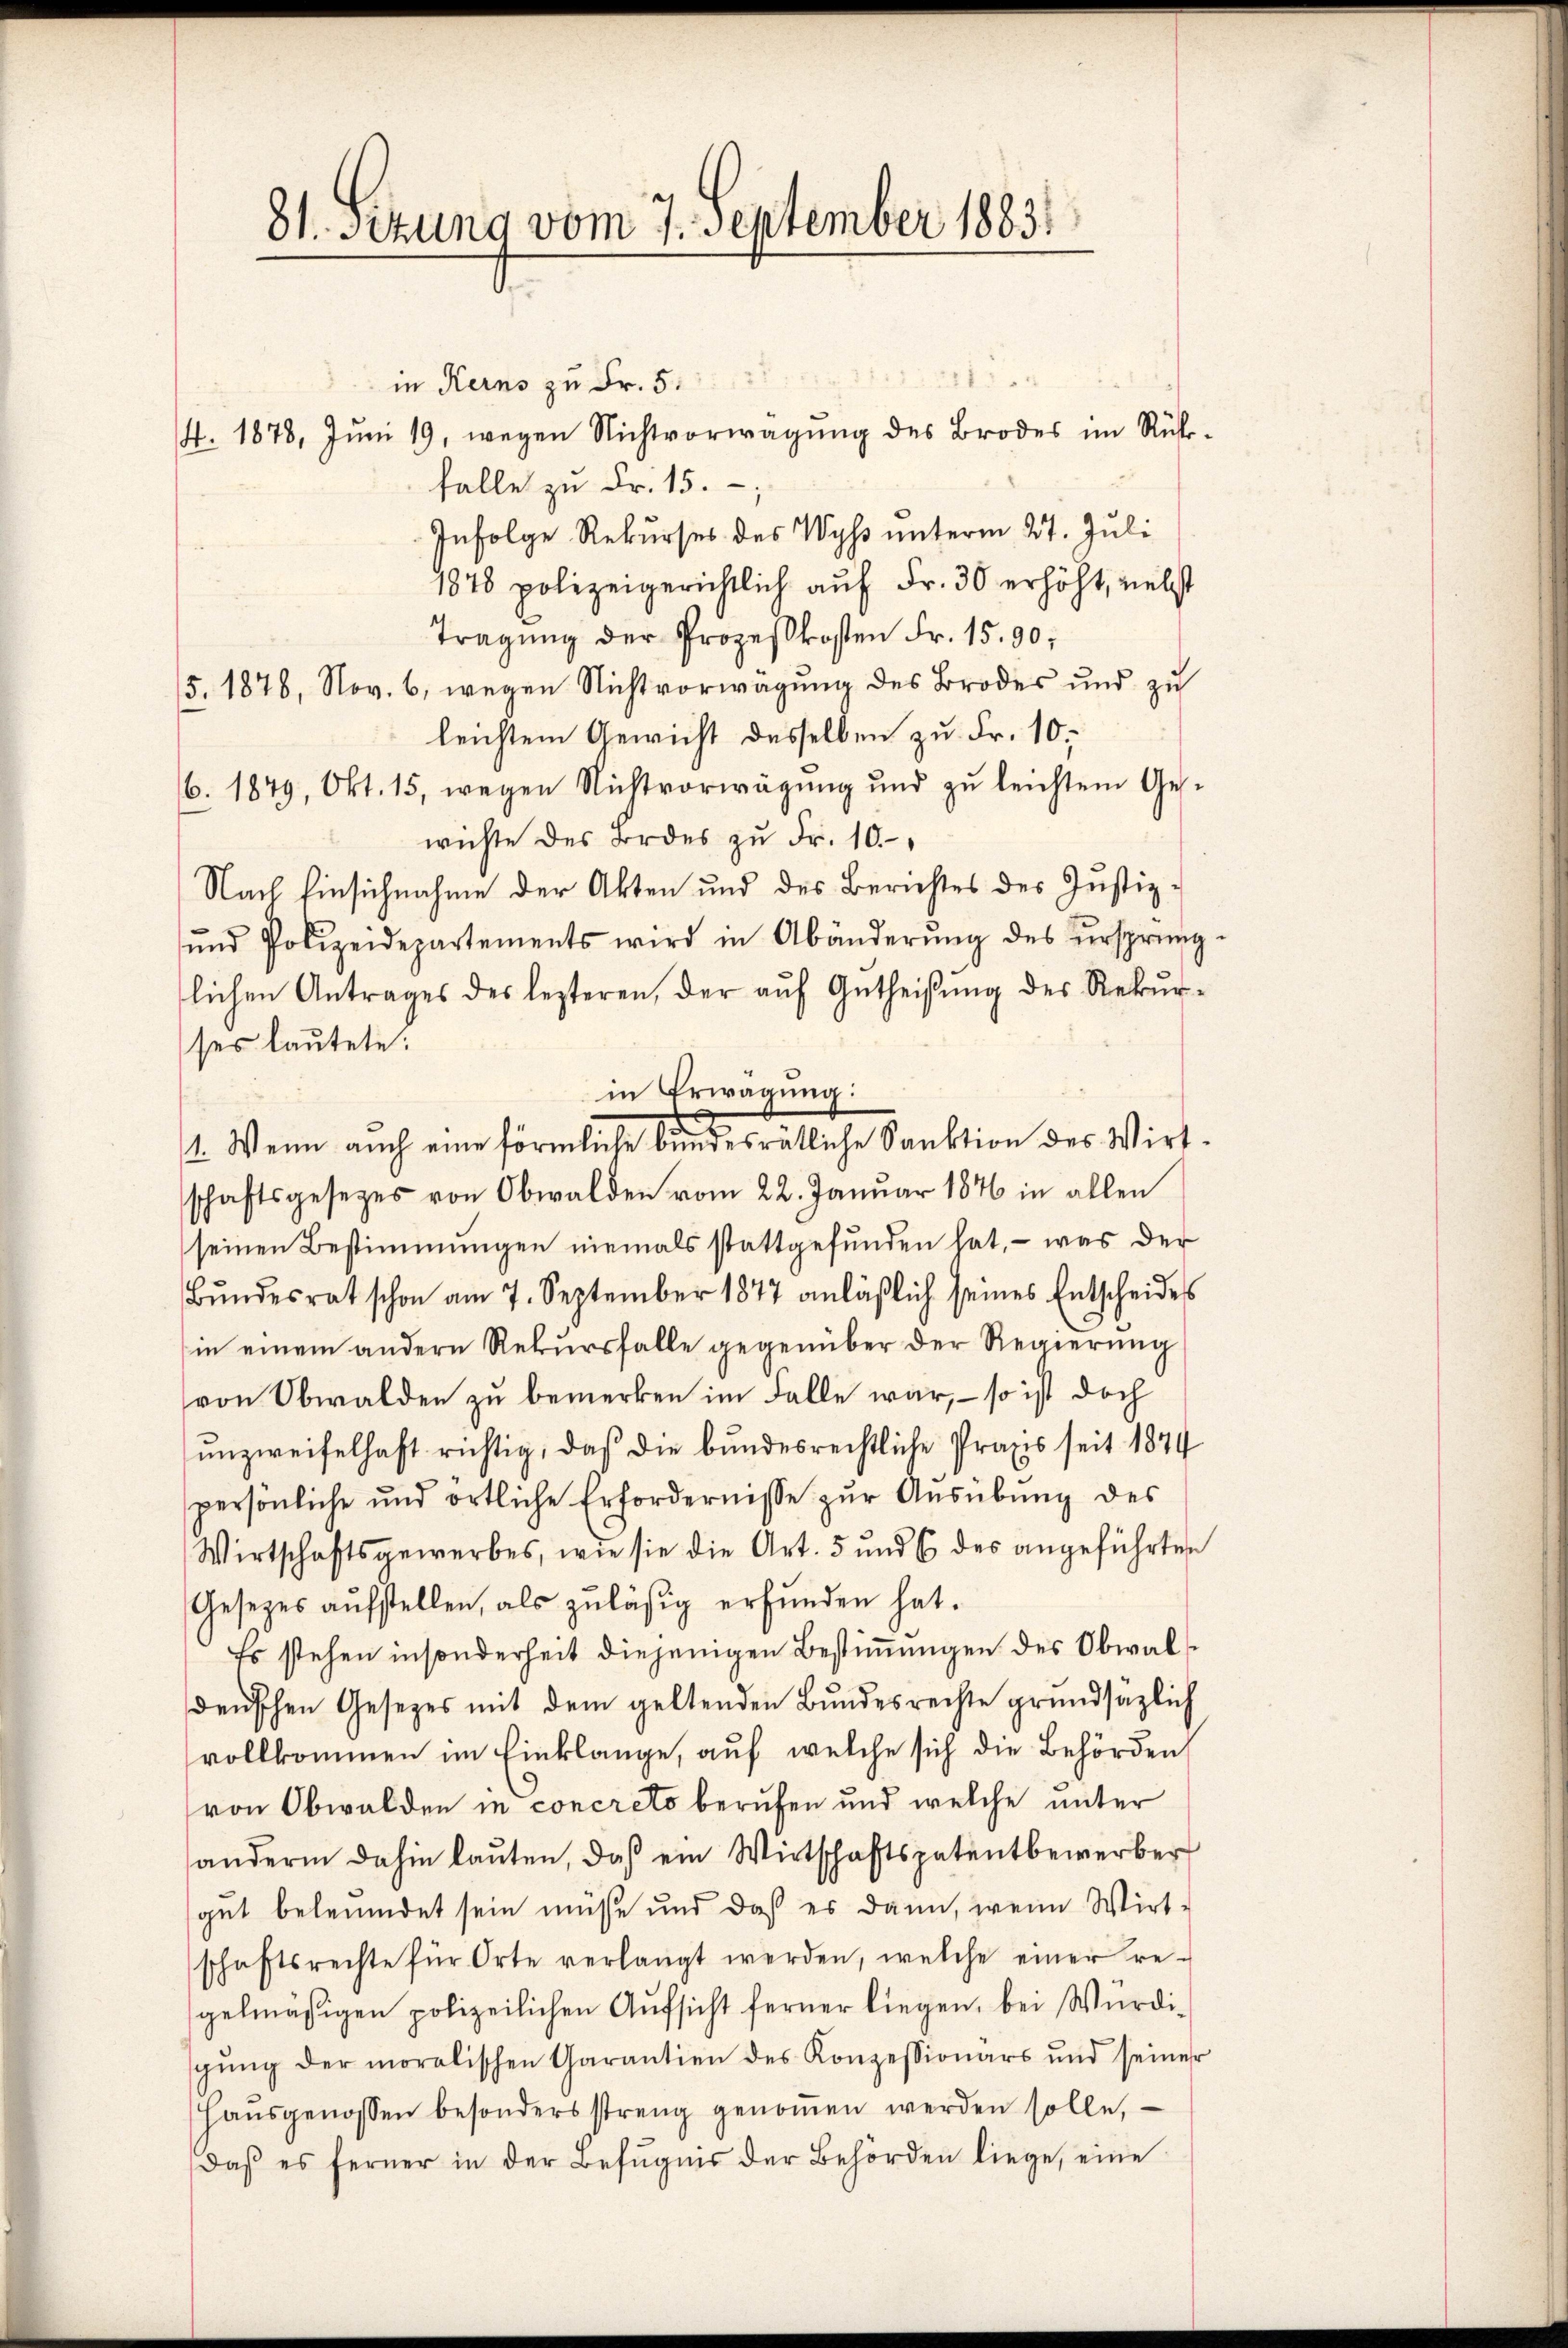
81. Setzung vom 7. September 1883.

in Kerns zu Fr. 5.
4. 1878. Jŭni 19, wegen Nichtvorwägŭng des Brodes im Rück-
falle zu Fr. 15.
Infolge Rekurses des Wyss unterm 27. Juli
1878 polizeigerichtlich auf Fr. 30 erhöht, nebst
Tragŭng der Prozeßkosten Fr. 15. 90,
5. 1876, Nov. 6, wegen Nichtvorwägung des Brodes und zu
leichtem Gewicht desselben zu Fr. 10.
6. 1879, Okt. 15, wegen Nichtvorwägung und zu leichtem Geswichte des Brdes zŭ Fr. 10.
Nach Einsichnahme der Akten und des Berichtes des Justizŭnd Polizeidepartements wird in Abänderŭng des ursprüng-
lichen Antrages des lezteren, der aŭf Gŭtheisŭng des Rekŭr-
ses lautete.
schaftsgesetzes von Obwalden vom 22. Januar 1876 in allen
seinen Bestimmungen niemals stattgefunden hat, – was der
Bŭndesrat schon am 7. September 1877 anläßlich seines Entscheides
in einem andern Rekŭrsfalle gegenüber der Regierŭng
von Obwalden zu bemerken im Falle war, – so ist doch
unzweifelhaft richtig, daß die bundesrechtliche Praxis seit 1874
spersönliche und örtliche Erfordernisse zŭr Aŭsübŭng des
Wirtschaftsgewerbes, wie sie die Art. 5 und 6 des angeführten
Gesetzes aufstellen, als zuläßig erfunden hat.
Es stehen insonderheit diejenigen Bestimmungen des Obwal
denschen Gesetzes mit dem geltenden Bundesrechte grundsätzlich
vollkommen im Einklange, auf welche sich die Behörden,
von Obwalden in concreto berufen und welche unter
andern dahin lauten, daß ein Wirtschaftspatentbewerber
gut beleumdet sein müsse und daß es dann, wenn Wirt-
schaftsrechte für Orte verlangt werden, welche einer re-
gelmäßigen polizeilichen Aufsicht ferner liegen, bei Würdigŭng der moralischen Garantien des Konzessionars und seiner
Haŭsgenossen besonders streng genoṁen werden solle,
daβ es ferner in der Befugnis der Behörden liege, eine

in Erwägung:
1. Wenn auch eine förmliche bundesrätliche Sanktion des Wirt-